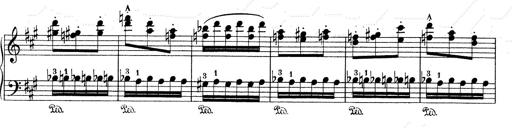
Title: Mephisto Waltz No.1
Composer: Franz Liszt